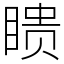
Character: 瞆